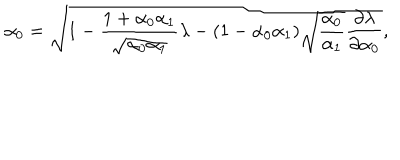
\alpha _ { 0 } = \sqrt { 1 - \frac { 1 + \alpha _ { 0 } \alpha _ { 1 } } { \sqrt { \alpha _ { 0 } \alpha _ { 1 } } } \lambda - ( 1 - \alpha _ { 0 } \alpha _ { 1 } ) \sqrt { \frac { \alpha _ { 0 } } { \alpha _ { 1 } } } \frac { \partial \lambda } { \partial \alpha _ { 0 } } } ,